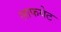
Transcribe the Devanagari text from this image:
लाफयेट